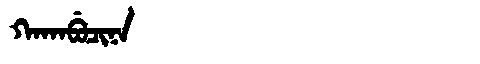
Manchu: ᡴᠠᡴᠠᠪᡠᠴᡳᠨᠠ
Romanization: KAKABUCINA